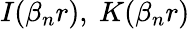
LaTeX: I(\beta_{n}r),\ K(\beta_{n}r)